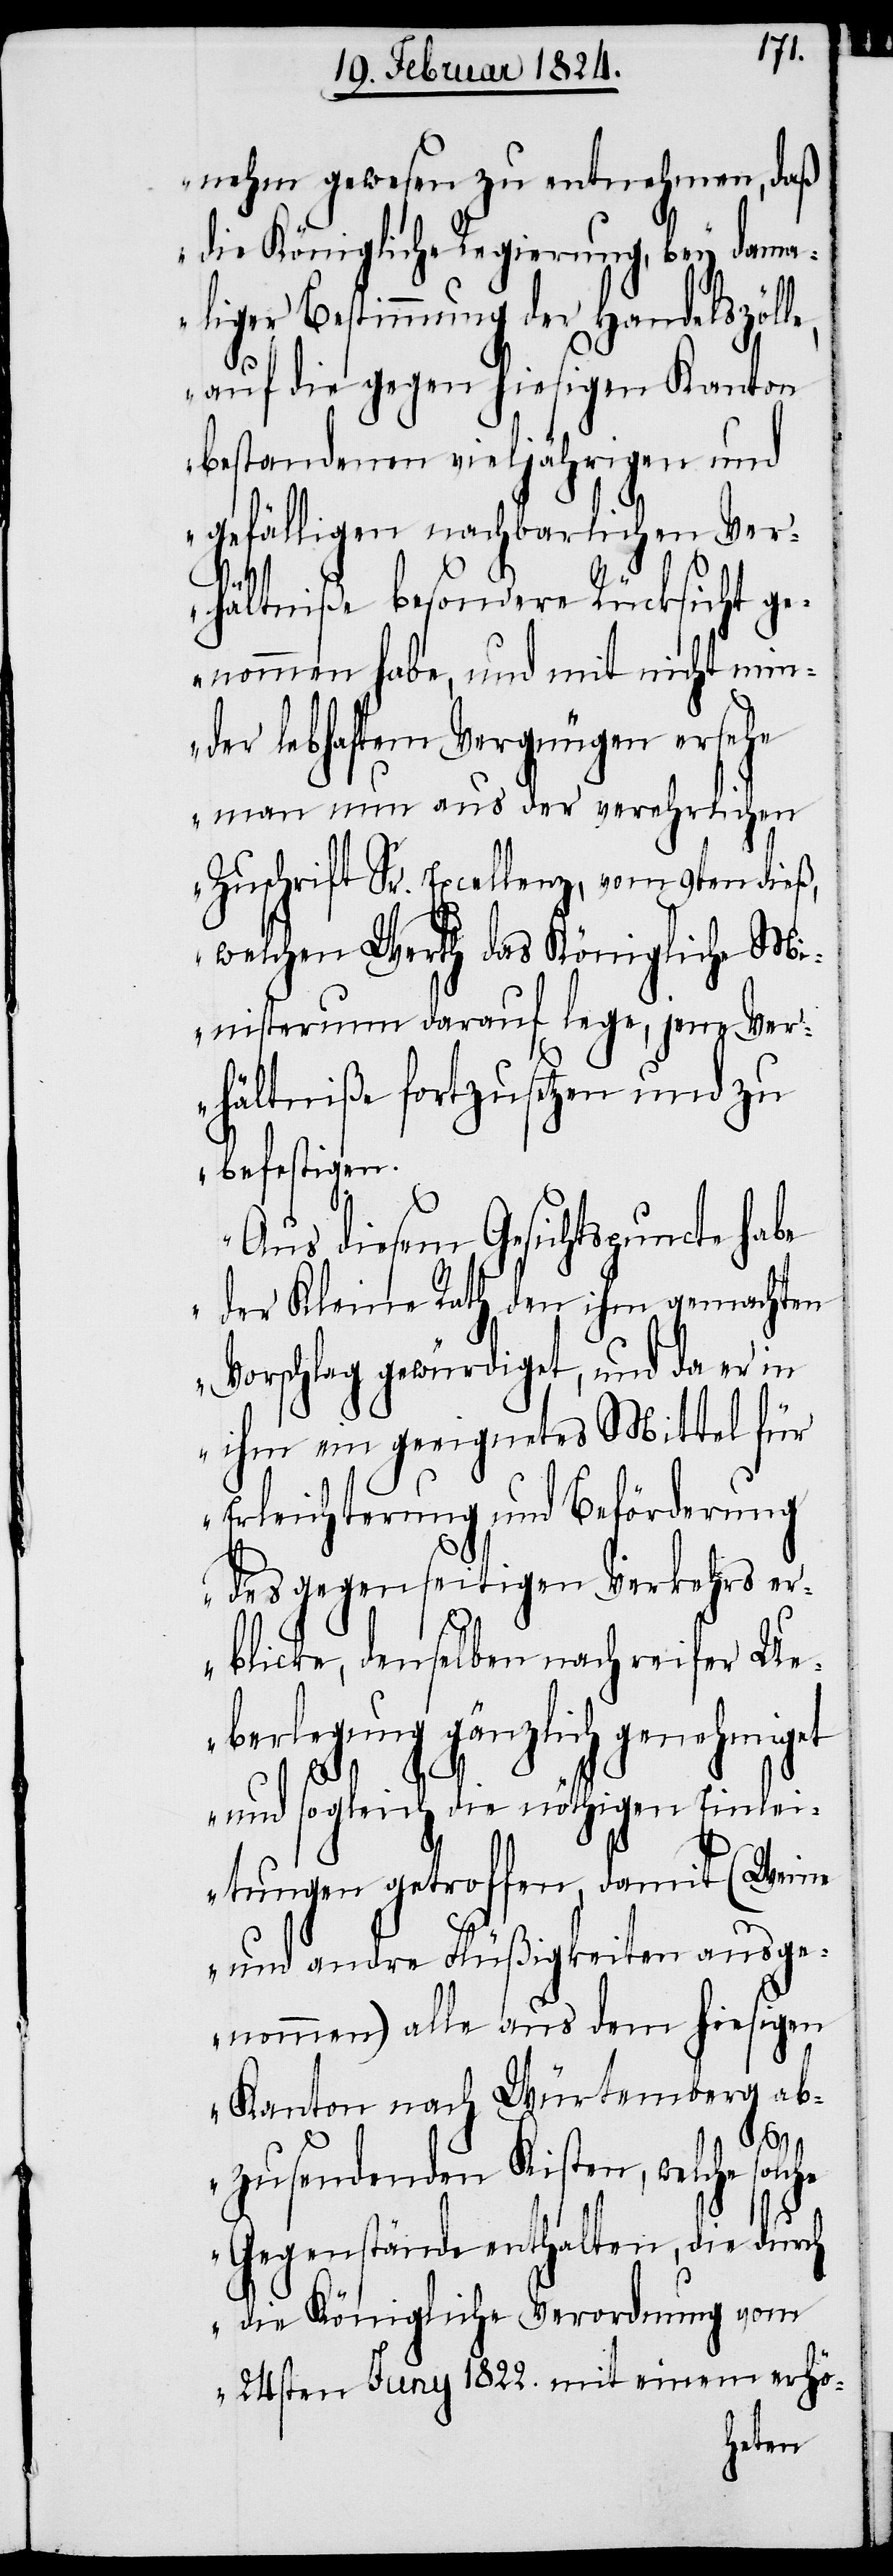
nehm gewesen zu entnehmen, daß
die Königliche Regierung, bey dam¬
aliger Bestimmung der Handelszöl¬
auf die gegen hiesigen Kanton
bestandenen vieljährigen und
gefälligen nachbarlichen Ver¬
hältniße besondere Rücksicht ge¬
nommen habe, und mit nicht min¬
der lebhaftem Vergnügen ersehe
man nun aus der verehrlichen
Zuschrift Sr. Excellenz, vom 9ten dieß,
welchen Werth das Königliche M¬
inisterium darauf lege, jene Ver¬
hältniße fortzusetzen und zu
befestigen.
Aus diesem Gesichtspuncte habe
der Kleine Rath den ihm gemachten
Vorschlag gewürdigt, und da er in
ihm ein geeignetes Mittel für
Erleichterung und Beförderung
des gegenseitigen Verkehrs er¬
blicke, denselben nach reifer Ue¬
berlegung gänzlich genehmiget
und sogleich die nöthigen Einle¬
itungen getroffen, damit (Weine
le,
und andre Flüßigkeiten ausge¬
nommen) alle aus dem hiesigen
Kanton nach Würtemberg ab¬
zusendenden Kisten, welche
Gegenstände enthalten, die durch
die Königliche Verordnung vom
24sten Juny 1822. mit einem erhö-